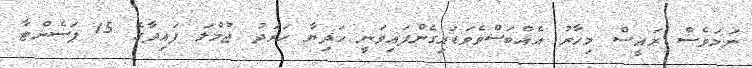
ނަމަވެސް ރައީސް މިހާރު އެއްބަސްވެވަޑައިގެންފައިވަނީ ހަދިޔާ ހަރަދު ޖުމްލަ ފައިދާގެ 15 ޕަސެންޓާ